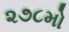
૨૭૮મો